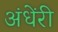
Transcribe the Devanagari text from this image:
अंधेंरी